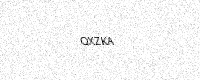
Text: QXZKA